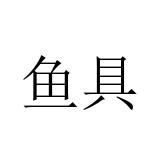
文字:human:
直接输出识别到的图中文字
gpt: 鱼具